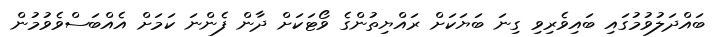
ބައްދަލުވުމުގައި ބައިވެރިވި ގިނަ ބަޔަކަށް ރައްޔިތުންގެ ވޯޓަކަށް ދާން ފެންނަ ކަމަށް އެއްބަސްވެވުމުން